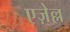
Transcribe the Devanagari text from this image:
एज़ेल्ल